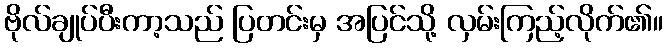
ဗိုလ်ချုပ်ပီးကာ့သည် ပြတင်းမှ အပြင်သို့ လှမ်းကြည့်လိုက်၏။